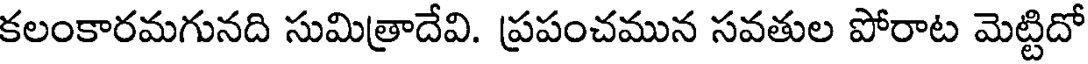
కలంకారమగునది సుమిత్రాదేవి. ప్రపంచమున సవతుల పోరాట మెట్టిదో